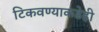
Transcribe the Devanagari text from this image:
टिकवण्याकडेही